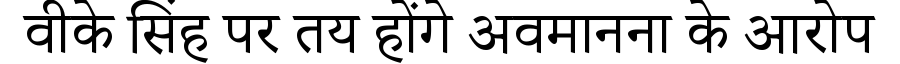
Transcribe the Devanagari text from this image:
वीके सिंह पर तय होंगे अवमानना के आरोप